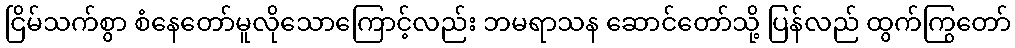
ငြိမ်သက်စွာ စံနေတော်မူလိုသောကြောင့်လည်း ဘမရာသန ဆောင်တော်သို့ ပြန်လည် ထွက်ကြွတော်